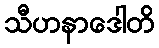
သီဟနာဒေါတိ